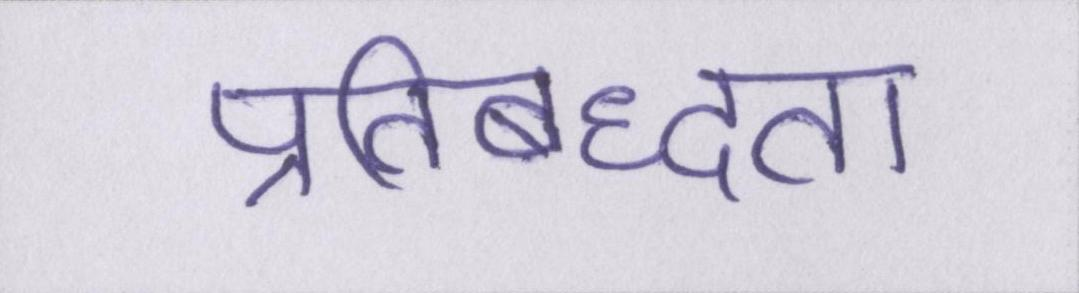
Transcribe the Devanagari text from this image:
प्रतिबध्दता